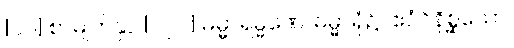
[၀၂] စာမျက်နှာ [၁၂၂] ဓမ္မာရမ္မဏေ၊ ဓမ္မာရုံ၌။ ဧဝံဝိနိစ္ဆယော၊